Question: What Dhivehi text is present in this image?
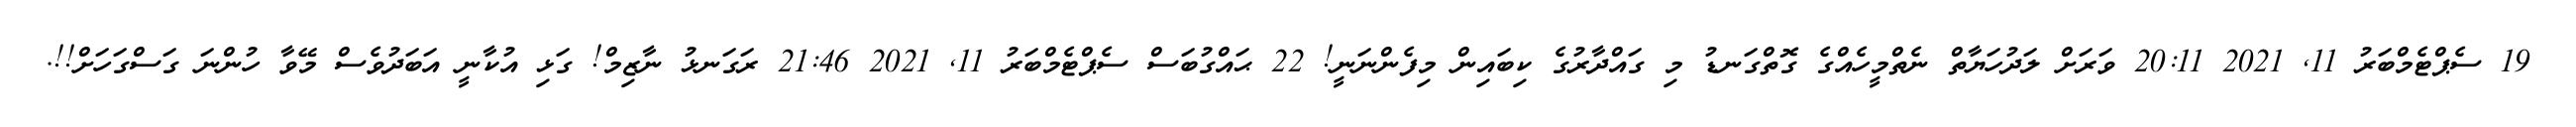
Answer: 19 ސެޕްޓެމްބަރު 11, 2021 20:11 ވަރަށް ލަދުހަޔާތް ނެތްމީހެއްގެ ގޮތްގަނޑު މި ގައްދާރުގެ ކިބައިން މިފެންނަނީ! 22 ޙައްގުބަސް ސެޕްޓެމްބަރު 11, 2021 21:46 ރަގަނޅު ނާޒިމް! ގަޅި އުކާނީ އަބަދުވެސް މޭވާ ހުންނަ ގަސްގަހަށް!!.